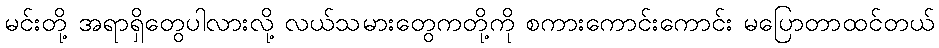
မင်းတို့ အရာရှိတွေပါလားလို့ လယ်သမားတွေကတို့ကို စကားကောင်းကောင်း မပြောတာထင်တယ်